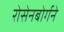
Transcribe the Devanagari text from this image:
रोसेनबोर्गने